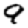
Digit: 9